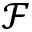
\mathcal { F }